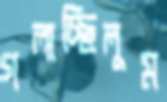
গলাচ্ছিলুম